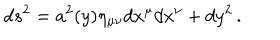
LaTeX: d s ^ { 2 } = a ^ { 2 } ( y ) \eta _ { \mu \nu } d x ^ { \mu } d x ^ { \nu } + d y ^ { 2 } \, .